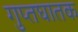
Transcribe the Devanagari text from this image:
गुप्तघातक